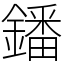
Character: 鐇